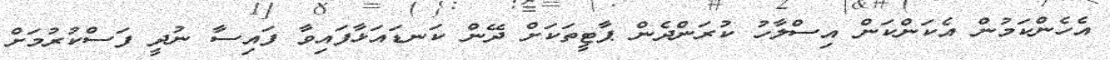
އެހެންކަމުން އެކަންކަން އިސްލާހު ކުރަންދެން ޕާޓީތަކަށް ދޭން ކަނޑައަޅާފައިވާ ފައިސާ ނުދީ ފަސްކުރުމަށް